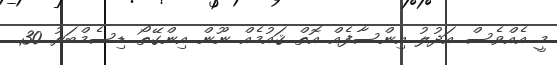
މީ އެއްވެސް އަދުލު އިންސާފެއް އޮތް ޤައުމެއް ނޫން އިންގޭތޯ ޑިސެމްބަރު 30